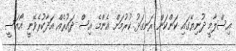
އިސްލާމީ ދުނިޔޭގައި ކަންކަން ރަނގަޅު ކުރުމަށް އެންމެ އިސް ދައުރެއް އަދާކުރެވޭނީ އޯއަސީ